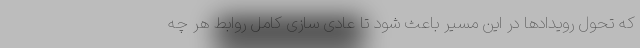
که تحول رویدادها در این مسیر باعث شود تا عادی سازی کامل روابط هر چه